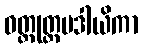
ဝတ္ထုတ္တမဒါယိကာ